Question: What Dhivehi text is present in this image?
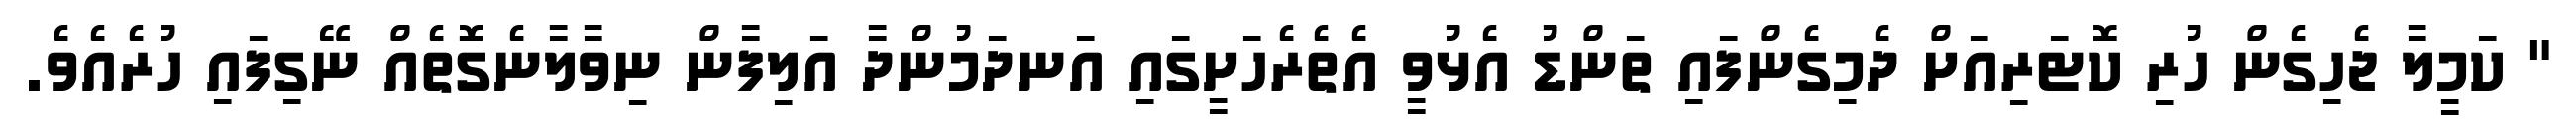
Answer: " ކަމީލާ ޖެހިގެން ހުރި ކޮޓަރިއަށް ދެމިގެންފައި ތަންޑު އެޅުވީ އެތެރެހަށީގައި އަނދަމުންދާ އަލިފާން ނިވާލާނެގޮތެއް ނޭގިފައި ހުރެއެވެ.